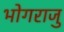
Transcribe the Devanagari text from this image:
भोगराजु